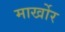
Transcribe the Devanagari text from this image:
मार्खोर